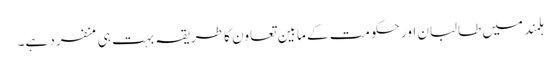
ہلمند میں طالبان اور حکومت کے مابین تعاون کا طریقہ بہت ہی منفرد ہے۔